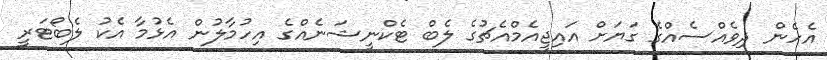
އެހެން ދިވެއްސެއްގެ ގަޔަށް އައިޖީއެމްއެޗުގެ ލެބް ޓެކްނީޝަނެއްގެ އިހުމާލުން އެޅުމާ އެކު ލެބޯޓަރީ